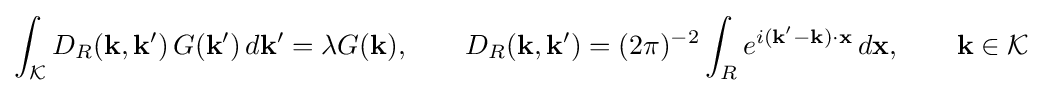
\int _{\mathcal {K}}D_{R}(\mathbf {k} ,\mathbf {k} ')\,G(\mathbf {k} ')\,d\mathbf {k} '=\lambda G(\mathbf {k} ),\qquad D_{R}(\mathbf {k} ,\mathbf {k} ')=(2\pi )^{-2}\int _{R}e^{i(\mathbf {k} '-\mathbf {k} )\cdot \mathbf {x} }\,d\mathbf {x} ,\qquad \mathbf {k} \in {\mathcal {K}}